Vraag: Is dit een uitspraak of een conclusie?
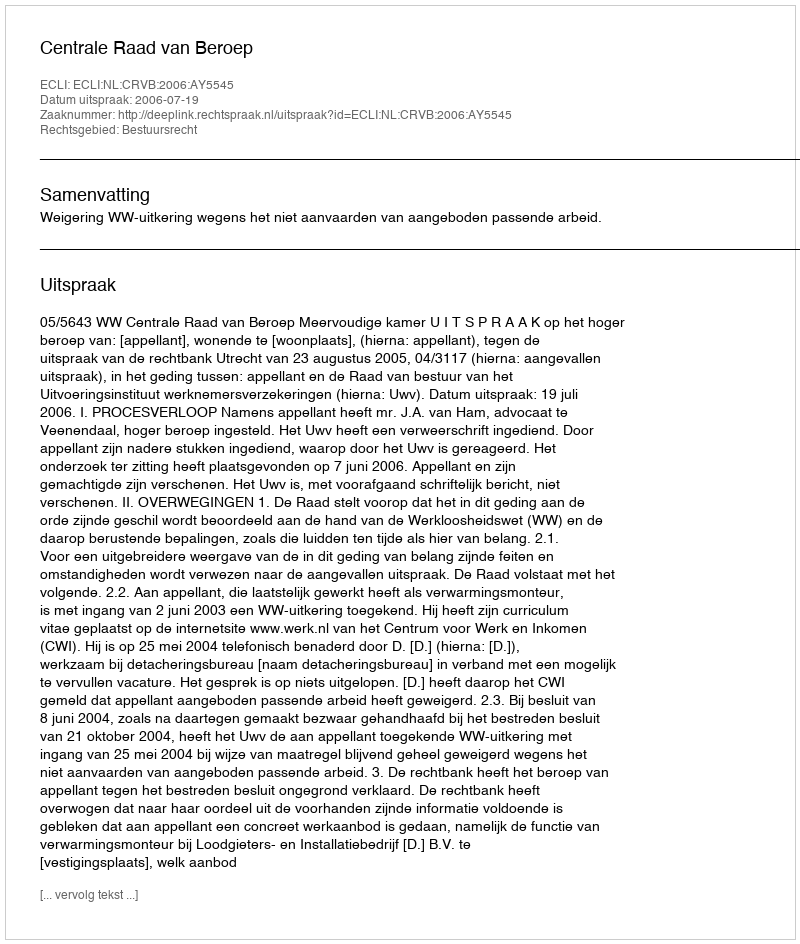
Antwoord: Uitspraak